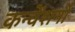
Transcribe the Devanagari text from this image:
कन्वेंशनों